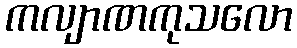
ကလျာဏကုသလော